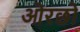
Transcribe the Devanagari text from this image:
ओरछो